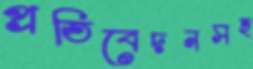
প্রতিবেদনসহ